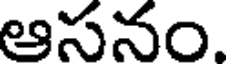
ఆసనం.